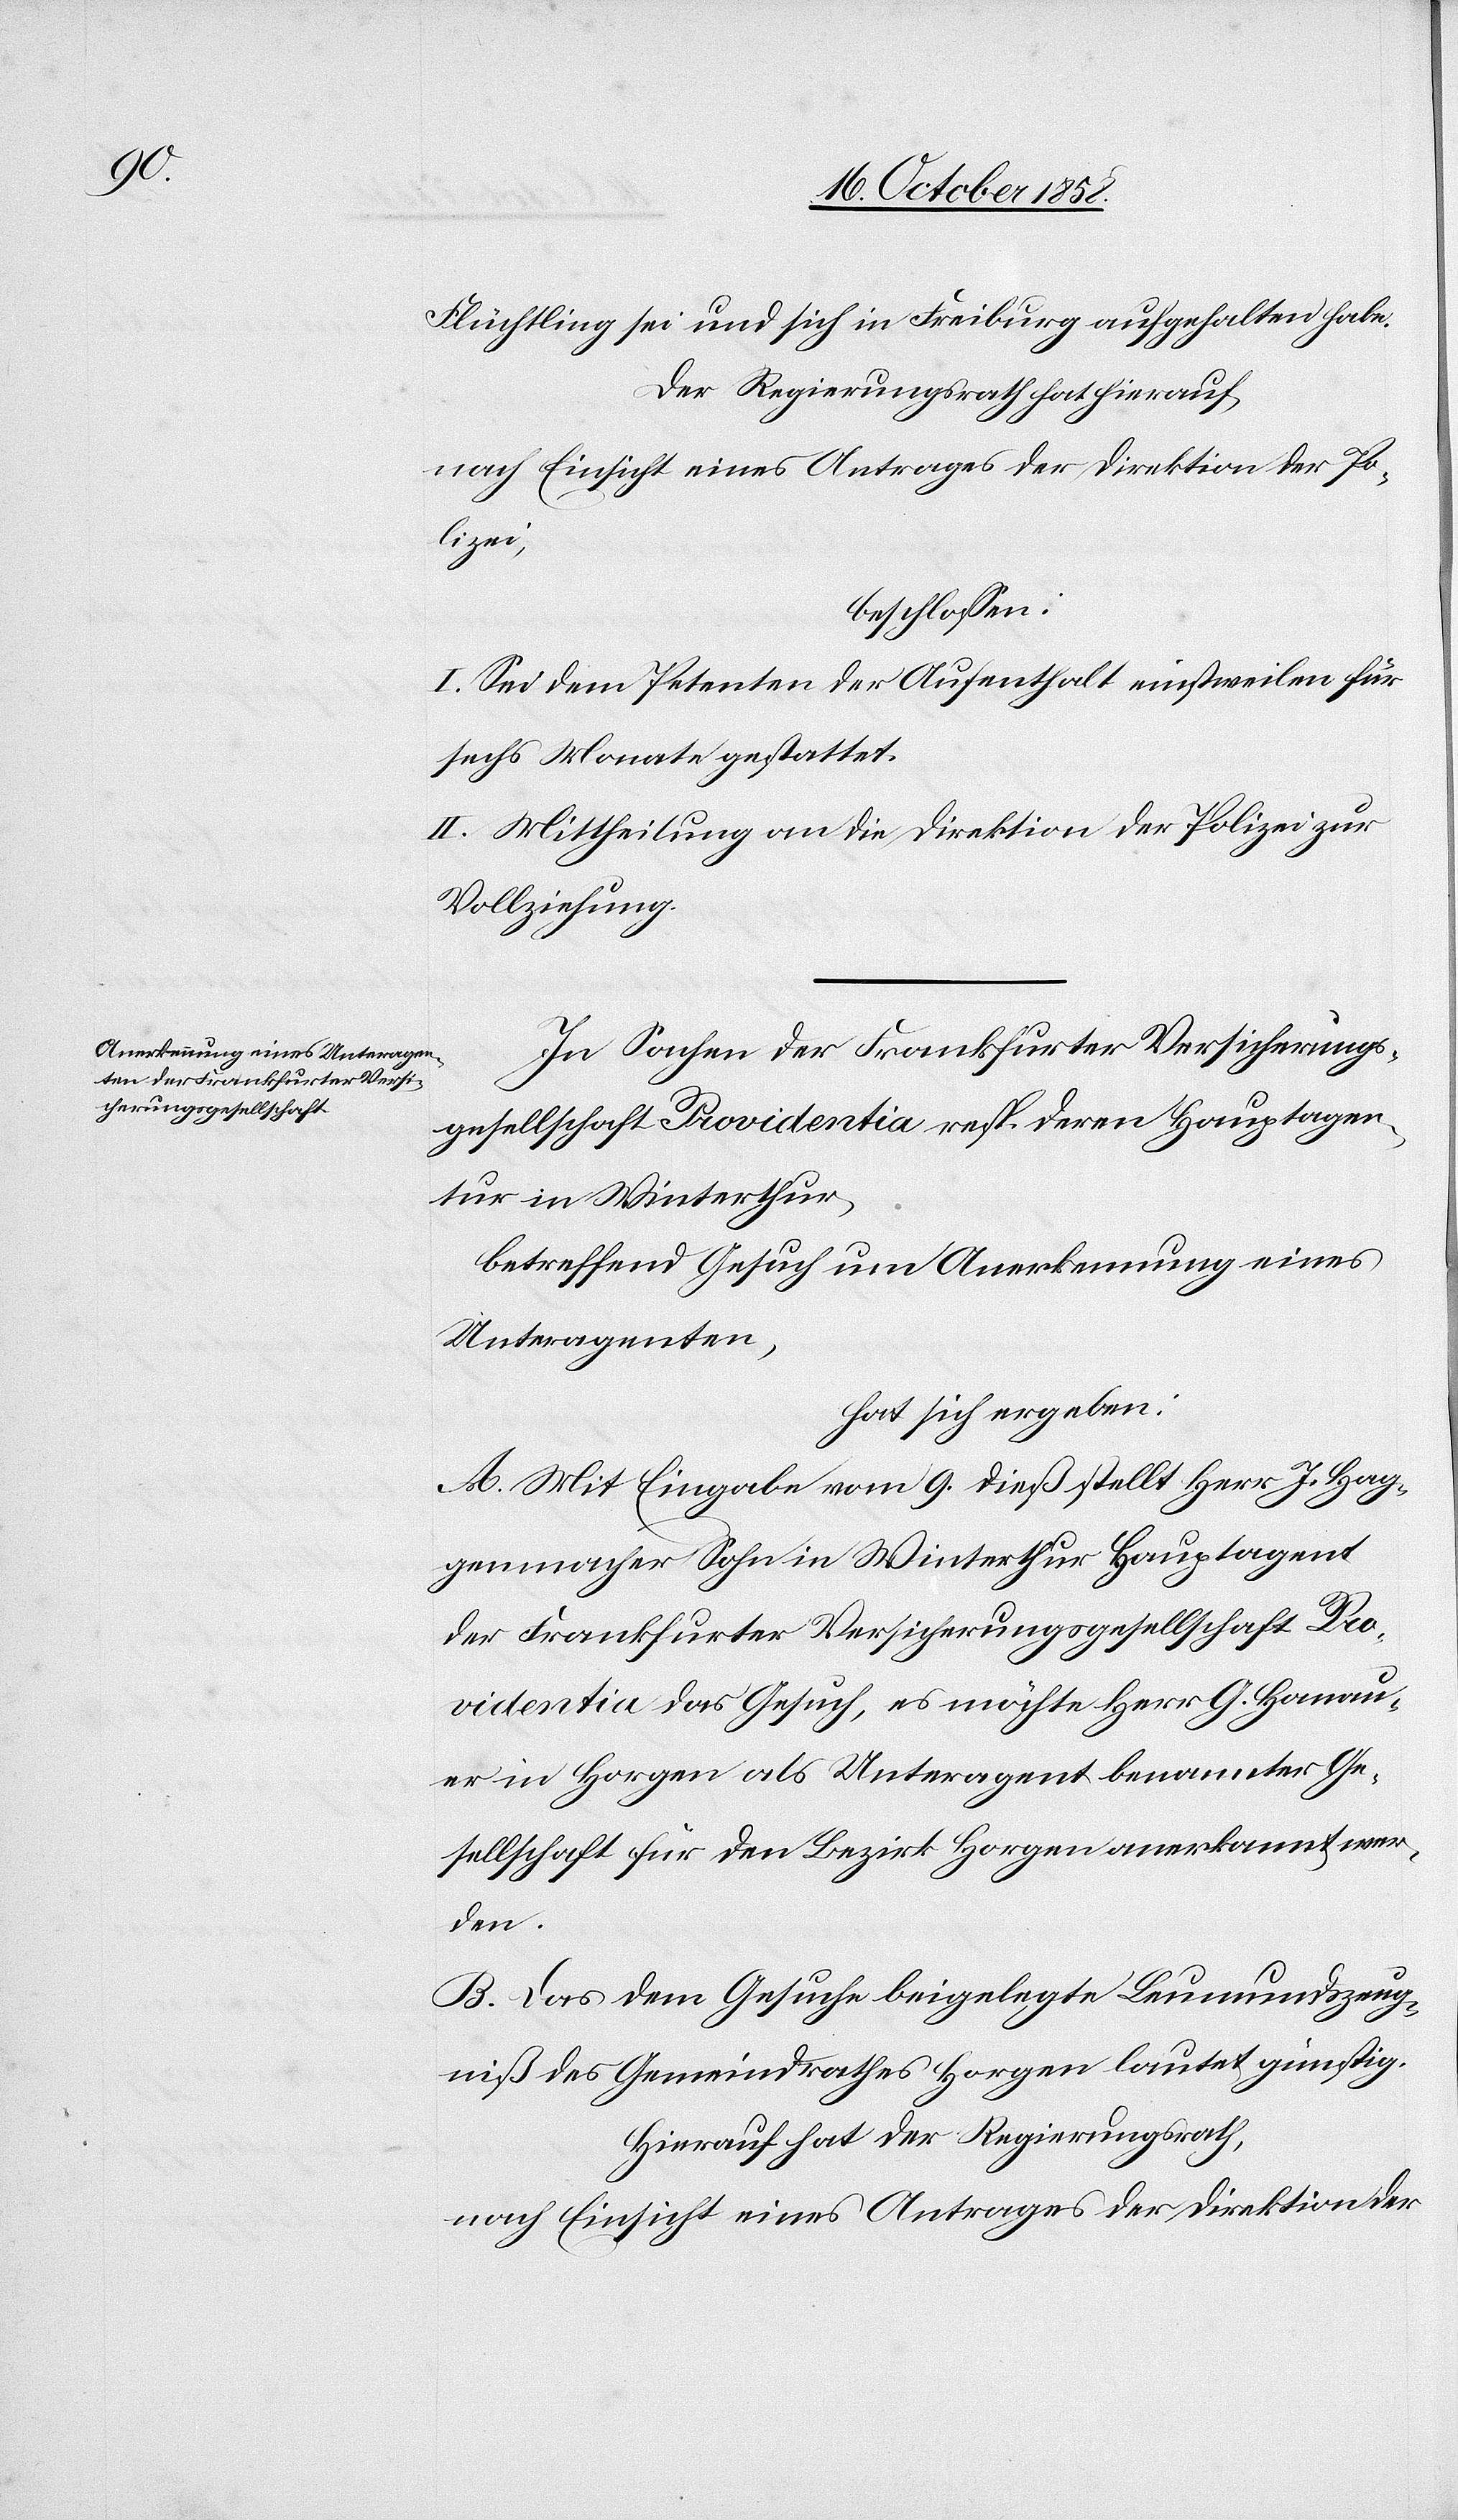
Flüchtling sei und sich in Freiburg aufgehalten habe.
Der Regierungsrath hat hierauf,
nach Einsicht eines Antrages der Direktion der Po¬
lizei,
beschlossen:
I. Sei dem Petenten der Aufenthalt einstweilen für
sechs Monate gestattet.
II. Mittheilung an die Direktion der Polizei zur
Vollziehung.
In Sachen der Frankfurter Versicherungs¬
gesellschaft Providentia resp. deren Hauptagen¬
tur in Winterthur,
betreffend Gesuch um Anerkennung eines
Unteragenten,
hat sich ergeben:
A. Mit Eingabe vom 9. dieß stellt Herr J. Hag¬
genmacher Sohn in Winterthur Hauptagent
der Frankfurter Versicherungsgesellschaft Pro¬
videntia das Gesuch, es möchte Herr G. Hanau¬
er in Horgen als Unteragent benannter Ge¬
sellschaft für den Bezirk Horgen anerkannt wer¬
den.
B. Das dem Gesuche beigelegte Leumundszeug¬
niß des Gemeindrathes Horgen lautet günstig.
Hierauf hat der Regierungsrath,
nach Einsicht eines Antrages der Direktion der